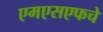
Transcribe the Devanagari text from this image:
एमएसएफचे